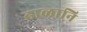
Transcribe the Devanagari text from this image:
ढाळानि